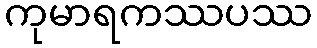
ကုမာရကဿပဿ